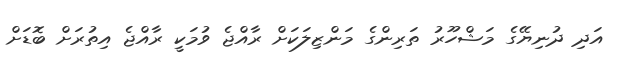
އަދި ދުނިޔޭގެ މަޝްހޫރު ތަރިންގެ މަންޒިލަކަށް ރާއްޖެ ވުމަކީ ރާއްޖެ އިތުރަށް ބޮޑަށް